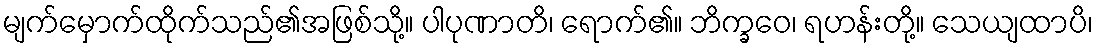
မျက်မှောက်ထိုက်သည်၏အဖြစ်သို့။ ပါပုဏာတိ၊ ရောက်၏။ ဘိက္ခဝေ၊ ရဟန်းတို့။ သေယျထာပိ၊